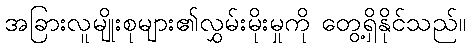
အခြားလူမျိုးစုများ၏လွှမ်းမိုးမှုကို တွေ့ရှိနိုင်သည်။